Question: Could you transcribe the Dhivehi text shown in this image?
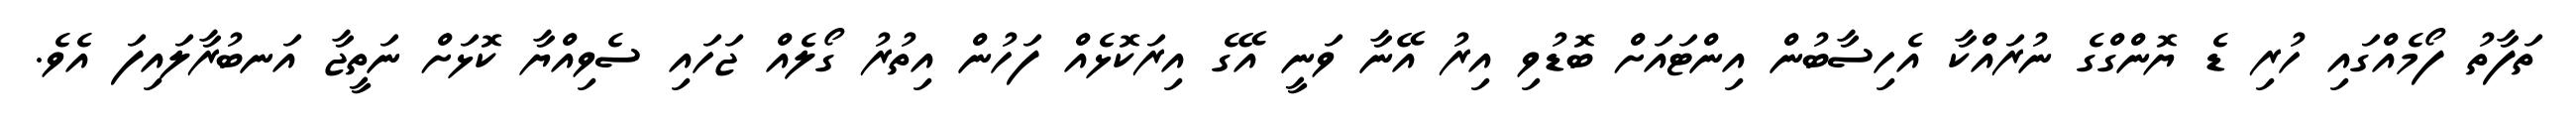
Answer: ތަފާތު ފޯމެއްގައި ހުރި ޑެ ޔޮންގްގެ ނުރައްކާ އެހިސާބުން އިންޓައަށް ބޮޑުވި އިރު އޭނާ ވަނީ އޭގެ އިރަކޮޅެއް ފަހުން އިތުރު ގޯލެއް ޖަހައި ސެވިއްޔާ ކޮޅަށް ނަތީޖާ އަނބުރާލައިފަ އެވެ.